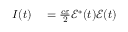
\begin{array} { r l } { I ( t ) } & { { } = \frac { c \varepsilon } { 2 } \mathcal { E } ^ { * } ( t ) \mathcal { E } ( t ) } \end{array}